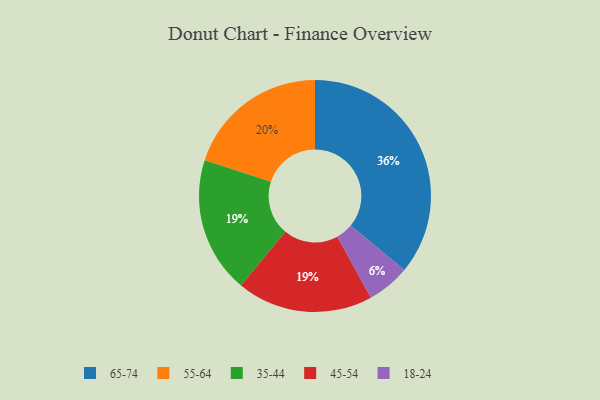
{"axis": {"x": "Category", "y": "Percentage"}, "legend": ["18-24", "35-44", "45-54", "55-64", "65-74"], "data": [{"x": "65-74", "y": 36, "type": "65-74"}, {"x": "35-44", "y": 19, "type": "35-44"}, {"x": "18-24", "y": 6, "type": "18-24"}, {"x": "55-64", "y": 20, "type": "55-64"}, {"x": "45-54", "y": 19, "type": "45-54"}]}